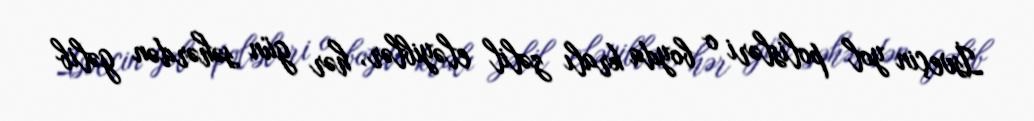
İsveçin yol polisləri o boyda kralı zəlil eləyiblər, hər gün səhərdən gəlib